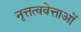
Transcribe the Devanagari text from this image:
नृत्तत्ववेत्ताओं